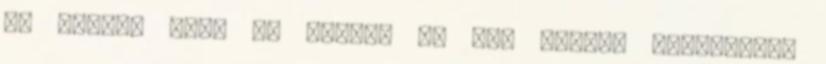
az elmúlt száz év alatt, ám egy valami semmiképp: